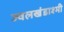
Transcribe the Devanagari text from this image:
ज्वलखंडाश्मी